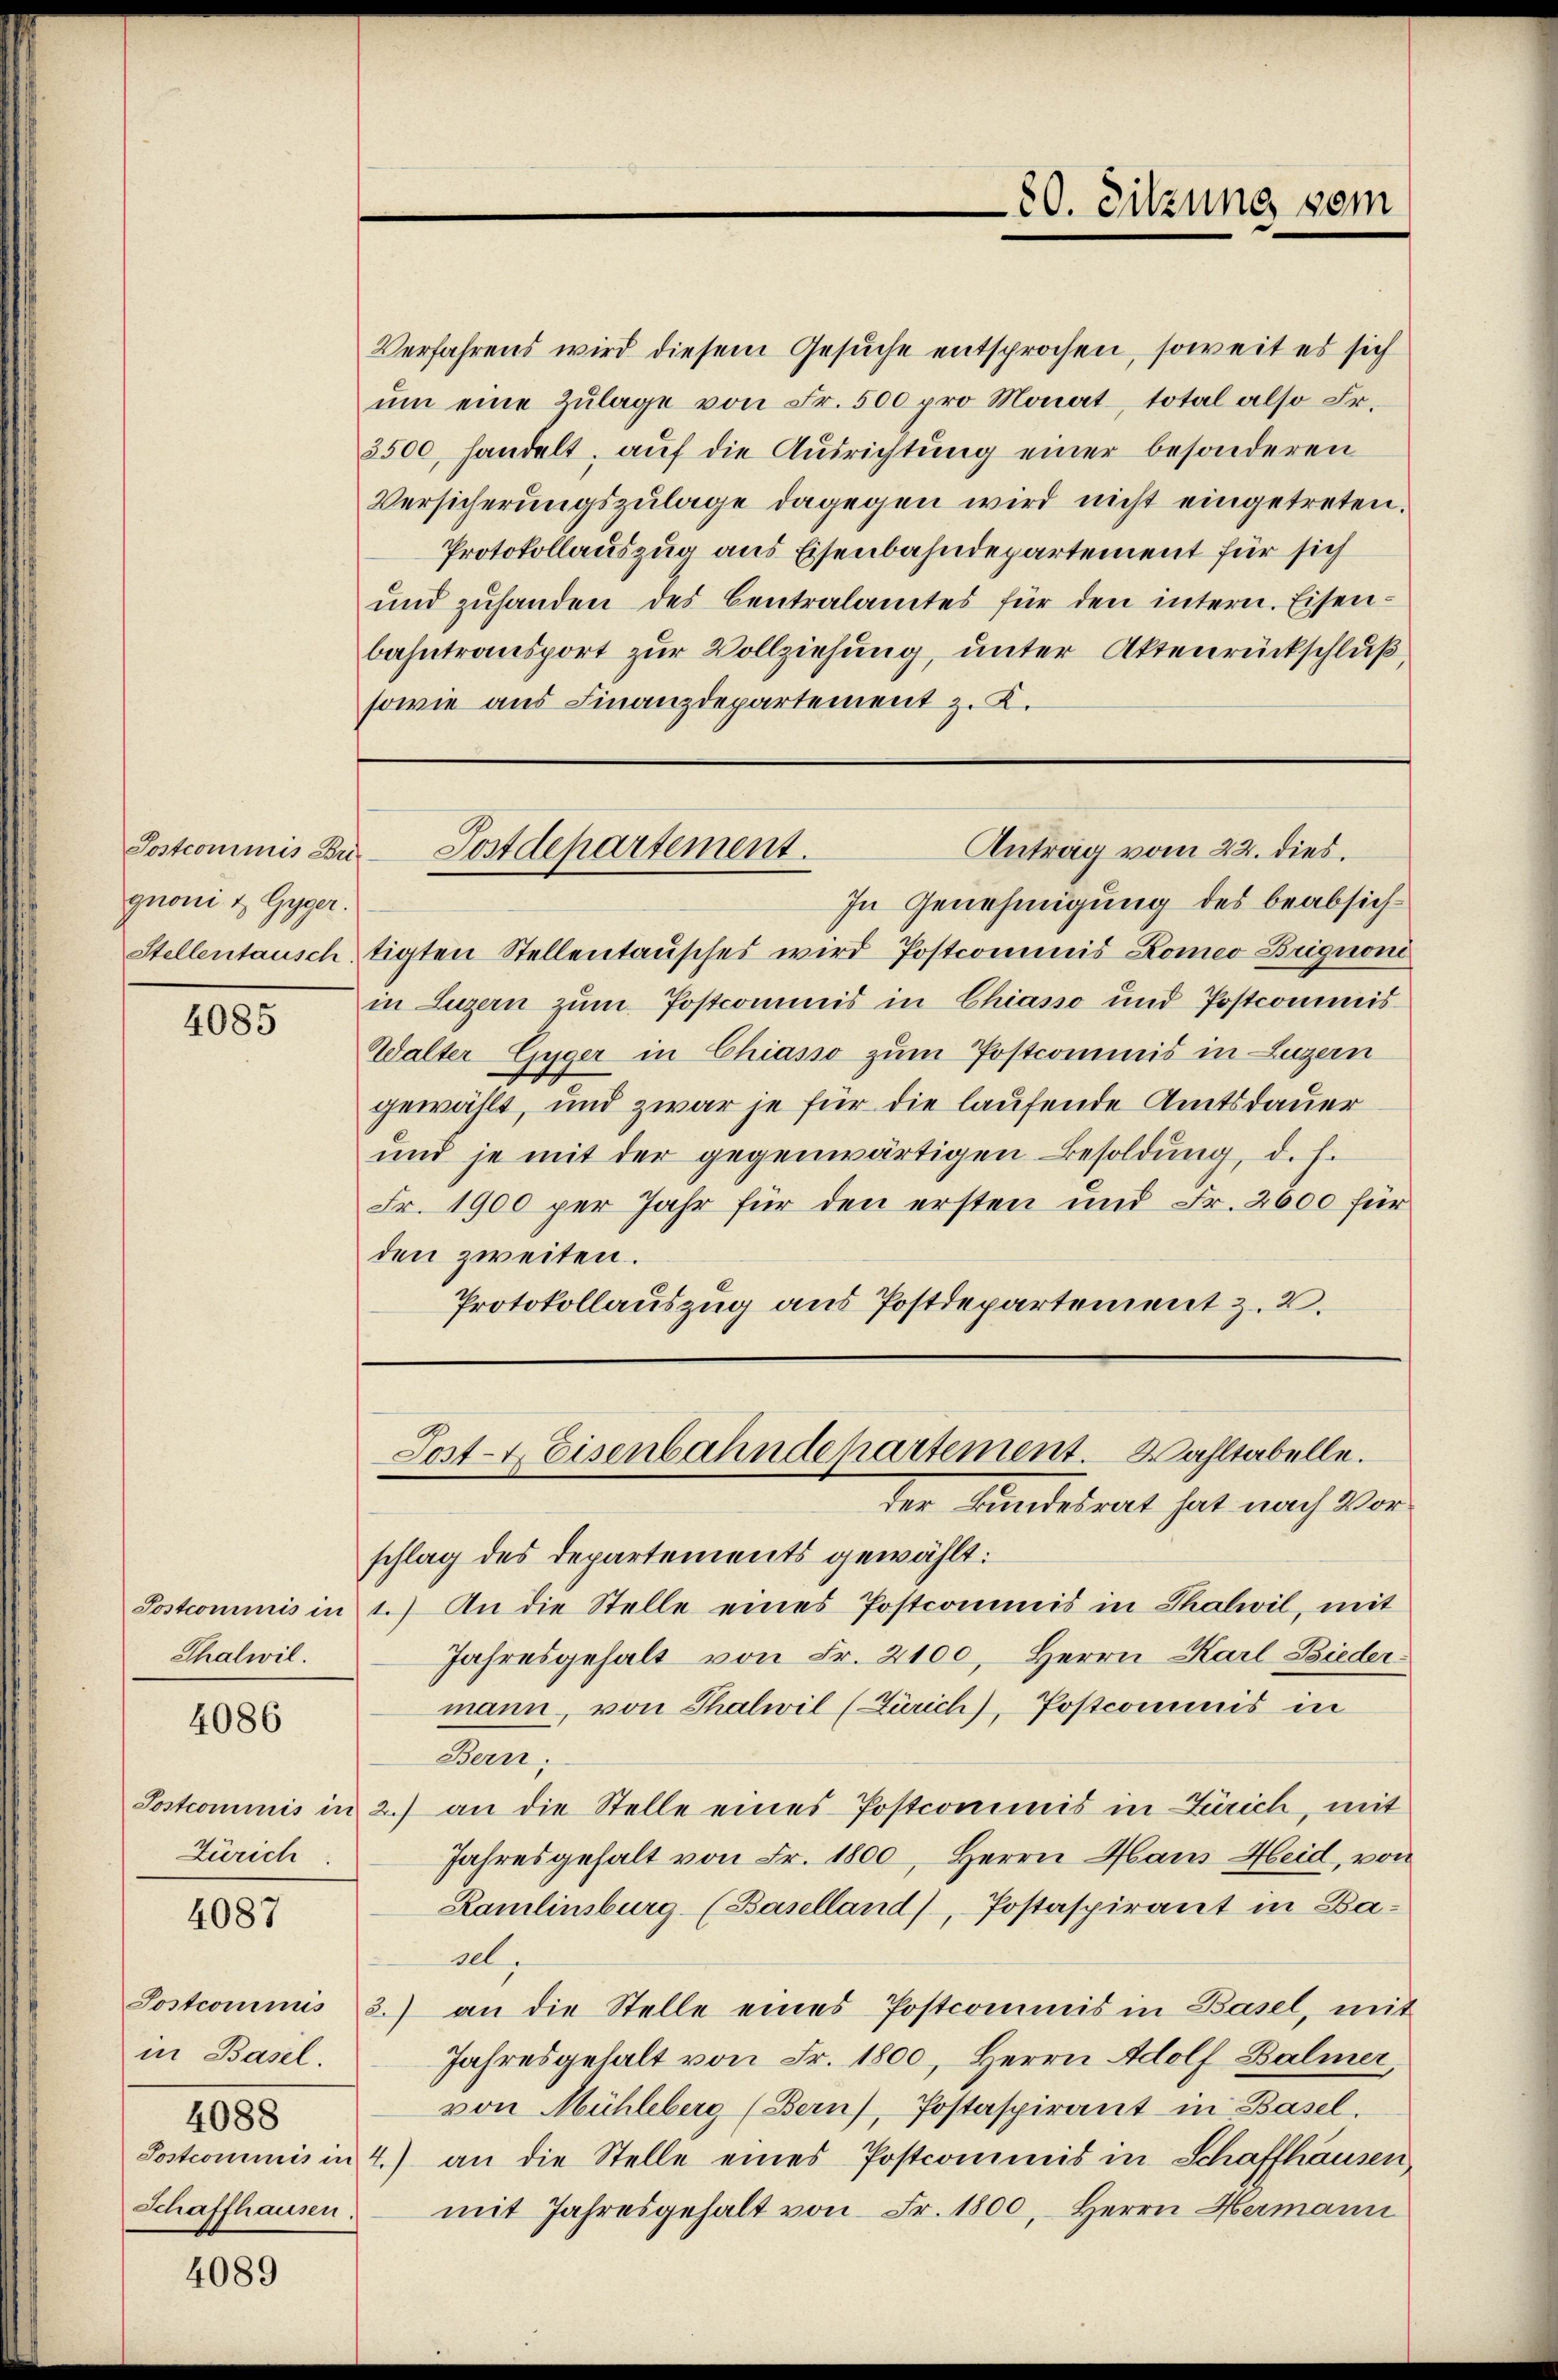
Postcommis Bri-
guoni & Gyger.
Stellentausch

4085

Thalwil.

4086

Zürich

4087

in Basel.
4088
Schaffhausen.

4089

Verfahrens wird diesem Gesuche entsprochen, soweit es sich
ŭm eine Zŭlage von Fr. 500 pro Monat, total also Fr.
2500, handelt, auf die Ausrichtung einer besonderen
Versicherungszulage dagegen wird nicht eingetreten.
Protokollauszug aus Eisenbahndepartement für sich
und zuhanden des Centralamtes für den intern. Eisenbahntransport zur Vollziehung, unter Aktenrückschluß,
sowie aus Finanzdepartement z. K.

80. Sitzung sein

Antrag vom 22. dies.
Postdepartement.

Post- Eisenbahndepartement. Wahltabelle.
der Kundesrat hat nach Vor¬

In Genehmigung des beabsichtigten Stellentausches wird Postcommis Komeo Brignone
in Luzern zum Postcommis in Chiasso und Postcommis
Walter Gyger in Chiasso zum Postcommis in Luzern
gewählt, und zwar je für die laufende Amtsdauer
und je mit der gegenwärtigen Besoldung, d. h.
Fr. 1900 per Jahr für den ersten und Fr. 2600 für
den zweiten.
Protokollauszug aus Postdepartement z. 2.

schlag des Departements gewählt:
Postcommis in 1.) An die Stelle eines Postcommis in Thalwil, mit
Jahresgehalt von Fr. 2100, Herrn Karl Biedermann, von Thalwil (Zürich), Postcommis in
Bern,
Sostcominis in 2. an die Stelle eines Postcommis in Zürich, mit
Jahresgehalt von Fr. 1800, Herrn Haus Heid, von
Kamlinsburg (Baselland), Postaspirant in Basel,
Postcommis 2.) an die Stelle eines Postcommis in Basel, mit
Jahresgehalt von Fr. 1800, Herrn Adolf Balmer,
von Mühleberg (Bern), Postaspirant in Basel.
Sostromnis in 4.) an die Stelle eines Postcommis in Schaffhausen,
mit Jahresgehalt von Fr. 1800, Herrn Hermann